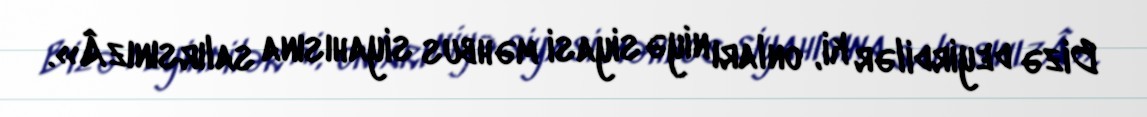
Bizə deyirdilər ki, onları niyə siyasi məhbus siyahısına salırsınızÂ».